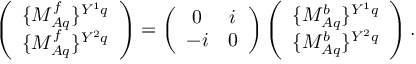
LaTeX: \left( \begin{array} { c } { { \{ M _ { A q } ^ { f } \} ^ { Y ^ { 1 } q } } } \\ { { \{ M _ { A q } ^ { f } \} ^ { Y ^ { 2 } q } } } \end{array} \right) = \left( \begin{array} { c c } { { 0 } } & { { i } } \\ { { - i } } & { { 0 } } \end{array} \right) \left( \begin{array} { c } { { \{ M _ { A q } ^ { b } \} ^ { Y ^ { 1 } q } } } \\ { { \{ M _ { A q } ^ { b } \} ^ { Y ^ { 2 } q } } } \end{array} \right) .